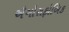
ઍગોરાફોબિક